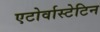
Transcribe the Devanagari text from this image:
एटोर्वास्टेटिन